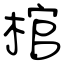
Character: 棺